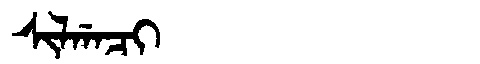
Manchu: ᠰᡳᠯᡤᠠᠴᡳ
Romanization: SILGACI